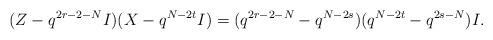
LaTeX: \begin{align*}(Z-q^{2r-2-N}I)(X-q^{N-2t}I) = (q^{2r-2-N}-q^{N-2s})(q^{N-2t}-q^{2s-N})I.\end{align*}